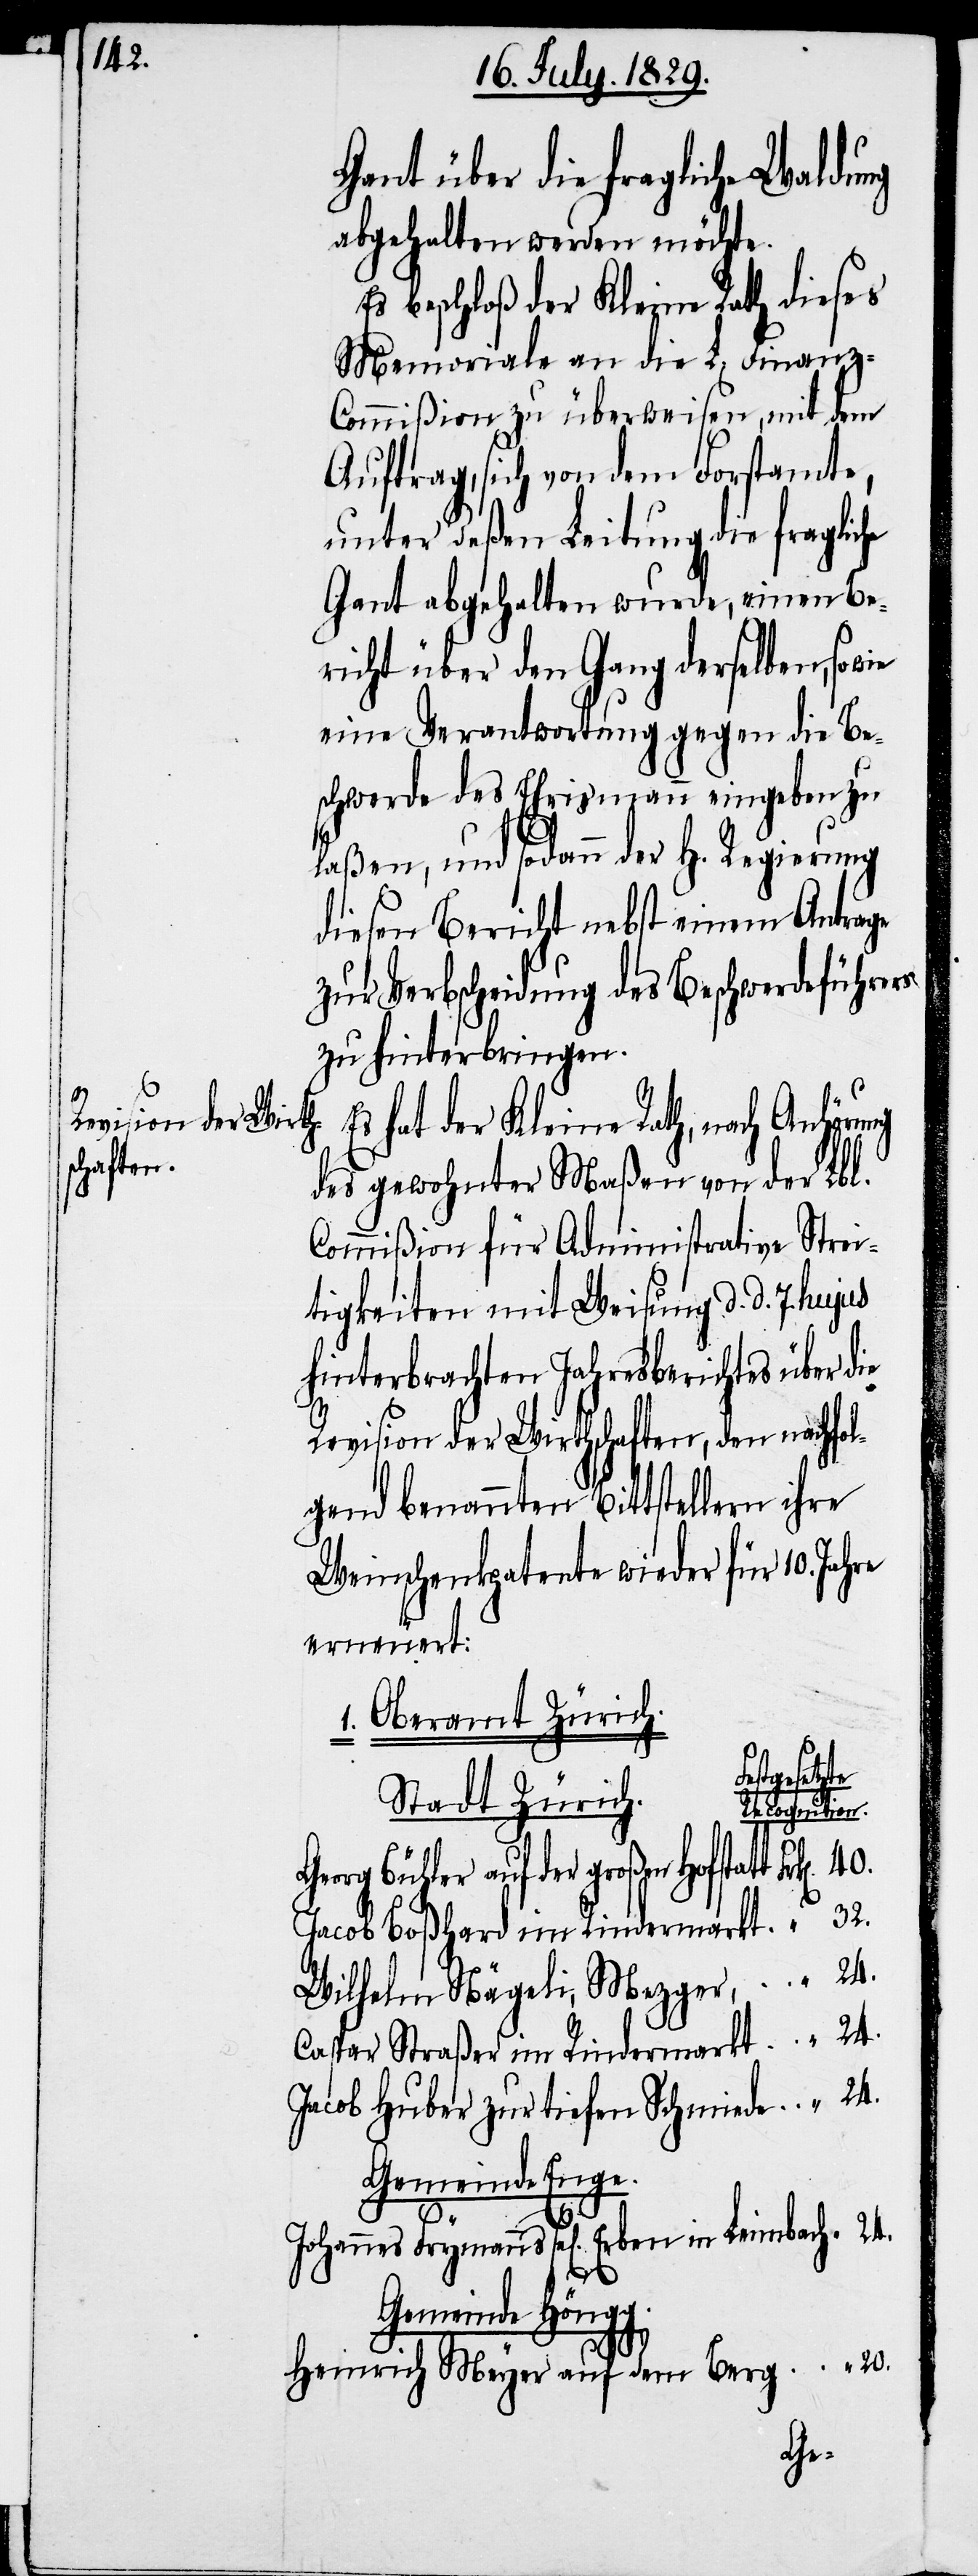
20

“

Gant über die fragliche Waldung
abgehalten werden möchte.
Es beschloß der Kleine Rath dieses
Memoriale an die L. Finanz-C¬
ommißion zu überweisen, mit dem
Auftrage, sich von dem Forstamte,
unter deßen Leitung die fragliche
Gant abgehalten wurde, einen Be¬
richt über den Gang derselben, so
eine Verantwortung gegen die Be¬
schwerde des Ehrismann eingeben zu
laßen, und sodann der H. Regierung
diesen Bericht nebst einem Antrage
zur Verbscheidung des Beschwerdeführers
zu hinterbringen.
hat der Kleine Rath, nach Anhör¬
des gewohnter Maßen von der Lbl.
Commißion für Administrative Strei¬
tigkeiten mit Weisung d. d. 7. hujus
hinterbrachten Jahresberichtes über die
Revision der Wirthschaften, den nachf¬
gend benannten Bittstellern ihre
Weinschenkpatente wieder für 10. Jahre
erneuert:
1. Oberamt Zürich.
stgesetzte
Stadt Zürich.
Recognition.
org Bühler auf der großen Hofstatt
Jacob Boßhart im Rindermarkt
Wilhelm Nägeli, Mezger,
Caspar Straßer im Rindermarkt
Jacob Huber zur tiefen Schmiede
Gemeinde Enge.
Gemeinde Höngg.
Heinrich Meyer auf dem Berg
Ge¬